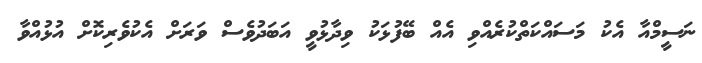
ނަސީމްއާ އެކު މަސައްކަތްކުރެއްވި އެއް ބޭފުޅަކު ވިދާޅުވީ އަބަދުވެސް ވަރަށް އެކުވެރިކޮށް އުޅުއްވާ